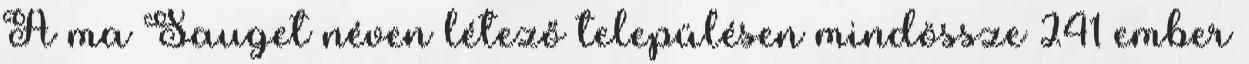
A ma Sauget néven létező településen mindössze 241 ember